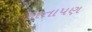
કરતાપણ